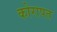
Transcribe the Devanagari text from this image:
कोरापत